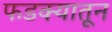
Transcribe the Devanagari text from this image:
फडक्यातून